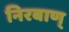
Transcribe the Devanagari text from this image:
निरबाण्